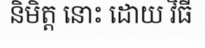
និមិត្ត នោះ ដោយ វិធី